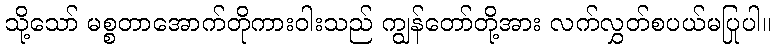
သို့သော် မစ္စတာအောက်တိုကားဝါးသည် ကျွန်တော်တို့အား လက်လွှတ်စပယ်မပြုပါ။